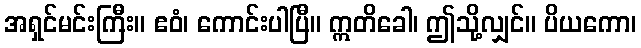
အရှင်မင်းကြီး။ ဧဝံ၊ ကောင်းပါပြီ။ ဣတိခေါ၊ ဤသို့လျှင်။ ပိယကော၊